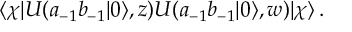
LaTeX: \langle \chi | U ( a _ { - 1 } b _ { - 1 } | 0 \rangle , z ) U ( a _ { - 1 } b _ { - 1 } | 0 \rangle , w ) | \chi \rangle \, .